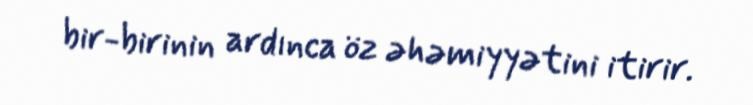
bir-birinin ardınca öz əhəmiyyətini itirir.